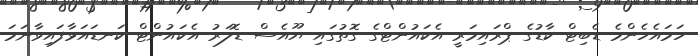
ހަމައެހެންމެ ޑެބިޓް ކާޑުގެ ޕްރައިމަރީ އެކައުންޓްގެ ގޮތުގައި ޔޫއެސް ޑޮލަރު އެކައުންޓް ކަނޑައަޅާފައިވާނަމަ